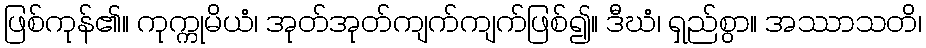
ဖြစ်ကုန်၏။ ကုက္ကုမိယံ၊ အုတ်အုတ်ကျက်ကျက်ဖြစ်၍။ ဒီဃံ၊ ရှည်စွာ။ အဿာသတိ၊